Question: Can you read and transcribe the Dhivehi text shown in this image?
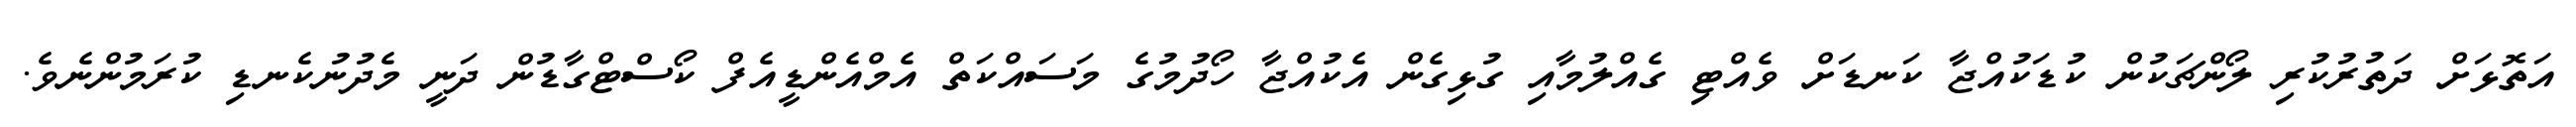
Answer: އަތޮޅަށް ދަތުރުކުރި ލޯންޗަކުން ކުޑަކުއްޖާ ކަނޑަށް ވެއްޓި ގެއްލުމާއި ގުޅިގެން އެކުއްޖާ ހޯދުމުގެ މަސައްކަތް އެމްއެންޑީއެފް ކޯސްޓްގާޑުން ދަނީ މެދުނުކެނޑި ކުރަމުންނެވެ.